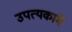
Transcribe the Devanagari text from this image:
उपत्यकामे